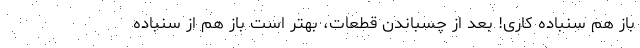
باز هم سنباده کاری! بعد از چسباندن قطعات، بهتر است باز هم از سنباده